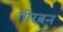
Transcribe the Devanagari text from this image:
गीरबन